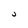
Character: j